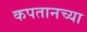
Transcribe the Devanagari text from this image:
कपतानच्या